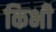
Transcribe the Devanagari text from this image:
किभी